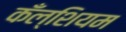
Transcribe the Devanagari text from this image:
कँल्शियम